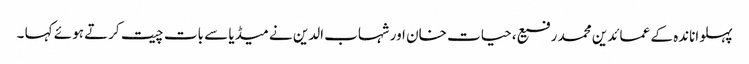
پہلواناندہ کے عمائدین محمد رفیع ، حیات خان اور شہاب الدین نے میڈیا سے بات چیت کرتے ہوئے کہا ۔